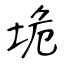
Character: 垝